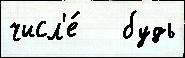
числ'е́   будь